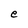
Character: e